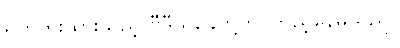
ရိုက်ကူးထားသည့် ဗွီဒီယိုခွေတို့ကို ကြည့်နေမိသည်။